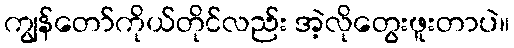
ကျွန်တော်ကိုယ်တိုင်လည်း အဲ့လိုတွေးဖူးတာပဲ။